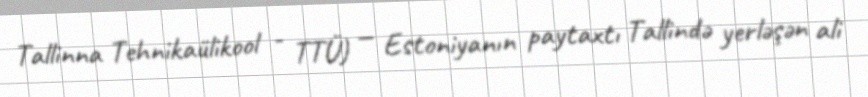
Tallinna Tehnikaülikool - TTÜ) — Estoniyanın paytaxtı Tallində yerləşən ali